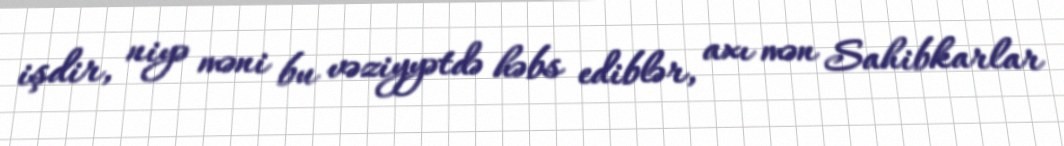
işdir, niyə məni bu vəziyyətdə həbs ediblər, axı mən Sahibkarlar